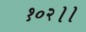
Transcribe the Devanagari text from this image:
१०२।।